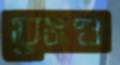
রেমণ্ড